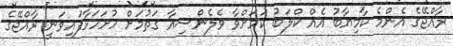
ރާއްޖޭގެ އެންމެ ކާމިޔާބު އެއް ކްލަބު ކަމަށްވާ ވެލެންސިއާ ގަތުމަށް ހުށަހަޅާފައިވަނީ ރާއްޖޭގެ